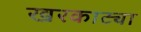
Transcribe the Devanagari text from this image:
खरकाट्या